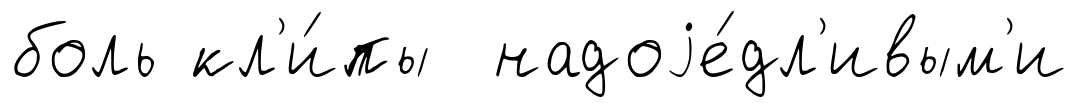
боль кл'и́пы надоjе́дл'ивым'и